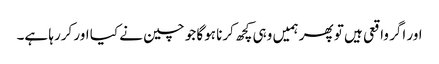
اور اگر واقعی ہیں تو پھر ہمیں وہی کچھ کرنا ہوگا جو چین نے کیا اور کررہا ہے۔